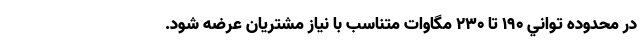
در محدوده تواني 190 تا 230 مگاوات متناسب با نياز مشتريان عرضه شود.